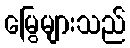
မြွေများသည်